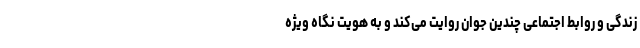
زندگی و روابط اجتماعی چندین جوان روایت می‌کند و به هویت نگاه ویژه